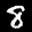
Label: 8